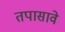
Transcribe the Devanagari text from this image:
तपासावे